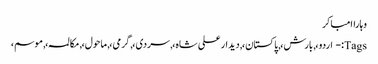
وہاراامباکر
Tags:- اردو،, بارش،, پاکستان،, دیدار علی شاہ،, سردی،, گرمی،, ماحول،, مکالمہ،, موسم،